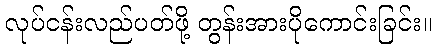
လုပ်ငန်းလည်ပတ်ဖို့ တွန်းအားပိုကောင်းခြင်း။